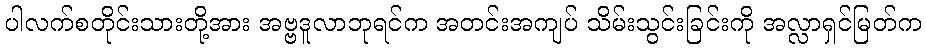
ပါလက်စတိုင်းသားတို့အား အဗ္ဗဒူလာဘုရင်က အတင်းအကျပ် သိမ်းသွင်းခြင်းကို အလ္လာရှင်မြတ်က